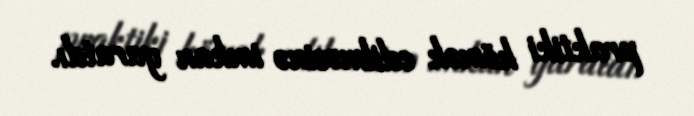
praktiki kömək edilməsinə imkan yaratdı.